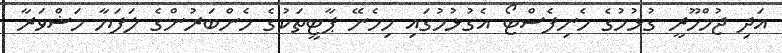
އަދި ޖުމްހޫރީ ގުޅުމުގެ މެނިފެސްޓޯ އެގުޅުމުގައި ހިމެނޭ ޕާޓީތަކުގެ މެންބަރުންގެ ލަފަޔާ މަޝްވަރާ